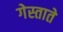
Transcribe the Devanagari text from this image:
गेस्ताते